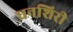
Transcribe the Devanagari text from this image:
धनशिरी